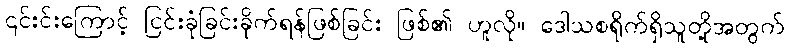
၎င်းင်းကြောင့် ငြင်းခုံခြင်းခိုက်ရန်ဖြစ်ခြင်း ဖြစ်၏ ဟူလို။ ဒေါသစရိုက်ရှိသူတို့အတွက်